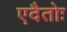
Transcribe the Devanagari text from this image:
एदैतोः